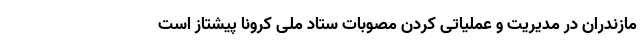
مازندران در مدیریت و عملیاتی کردن مصوبات ستاد ملی کرونا پیشتاز است